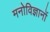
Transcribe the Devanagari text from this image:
मनोविज्ञानों